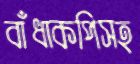
বাঁধাকপিসহ